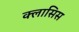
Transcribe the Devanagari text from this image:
क्लासिस